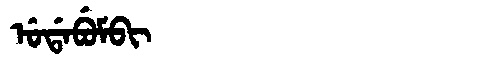
Manchu: ᡠᡩᠠᠪᡠᠮᠪᡳ
Romanization: UDABUMBI